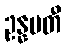
ဥန္နမတီ